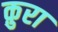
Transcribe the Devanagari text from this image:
क़ुरा